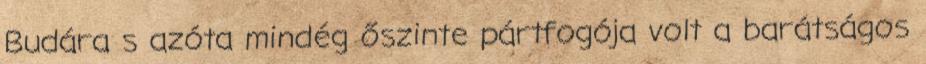
Budára s azóta mindég őszinte pártfogója volt a barátságos